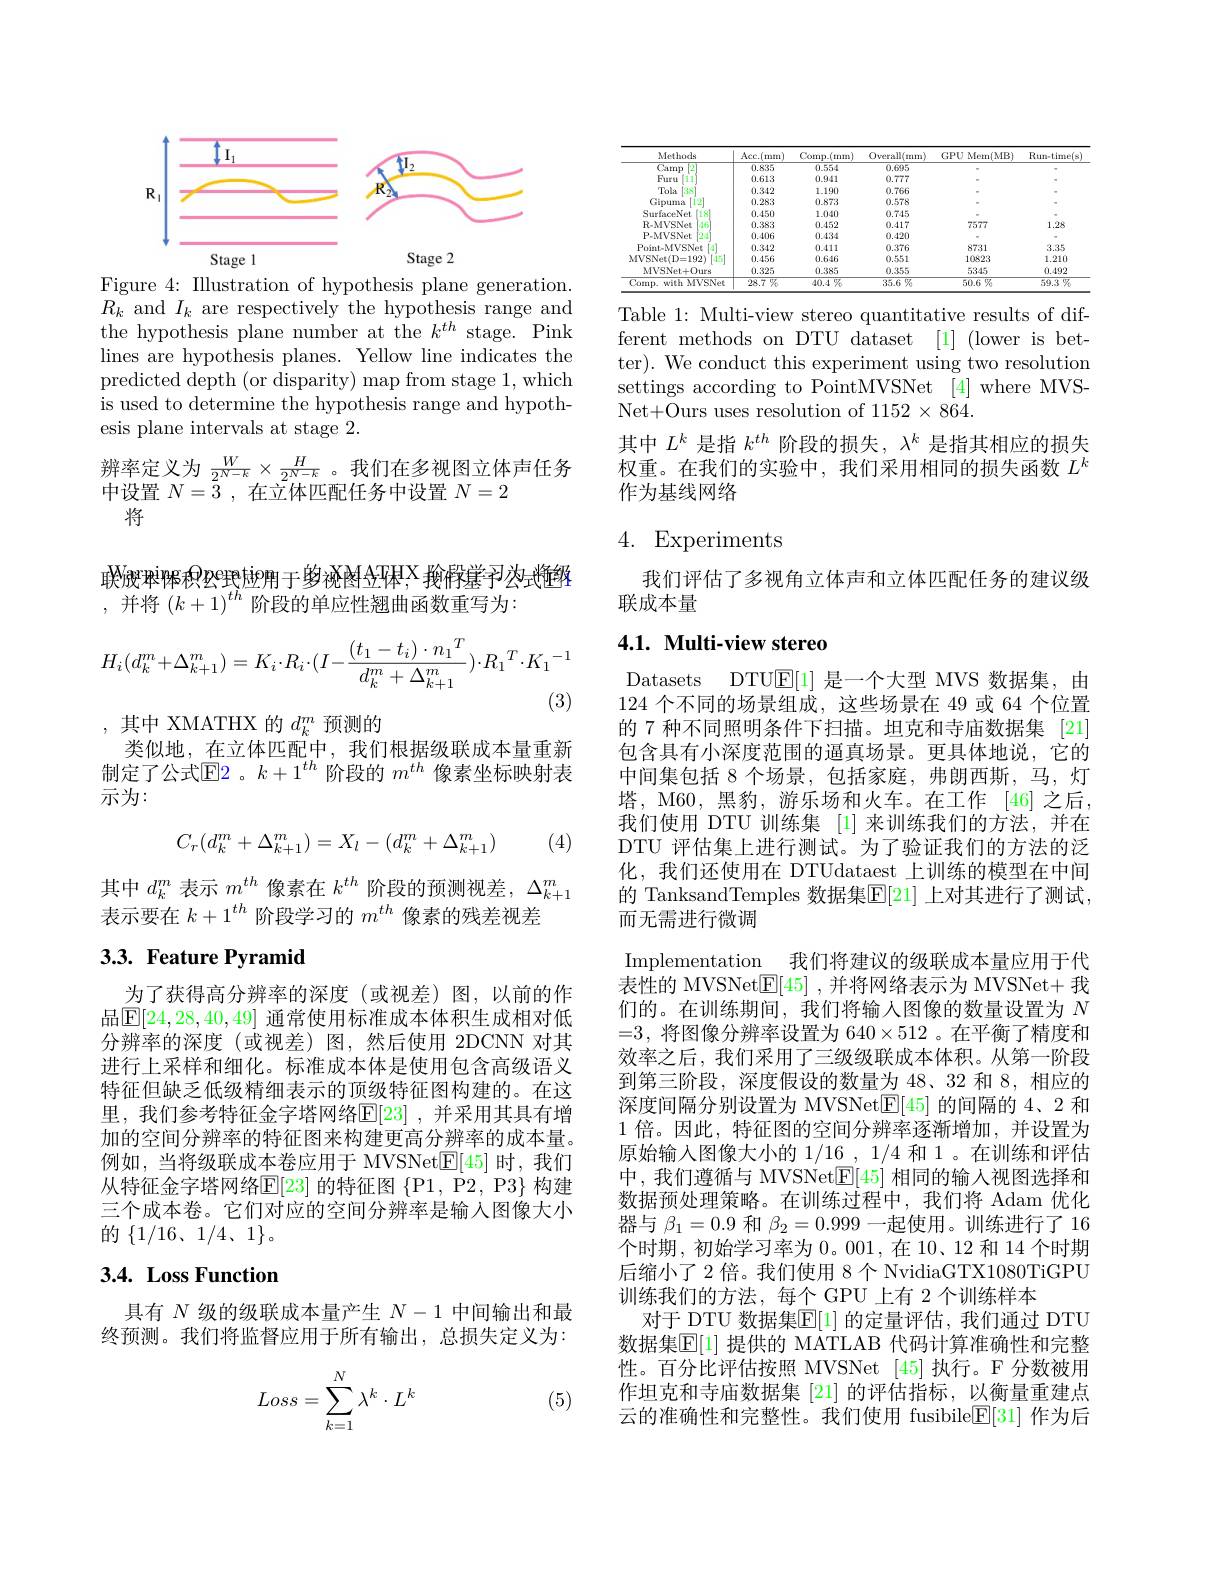
<FigureHere>

Figure 4: Illustration of hypothesis plane generation. $R_k$ and $I_k$ are respectively the hypothesis range and the hypothesis plane number at the $k^{th}$ stage. Pink lines are hypothesis planes. Yellow line indicates the predicted depth (or disparity) map from stage 1, which is used to determine the hypothesis range and hypothesis plane intervals at stage 2.
辨率定义为$\frac{W}{2^{N-k}}\times\frac{H}{2^{N-k}}$。我们在多视图立体声任务
中设置$N=\bar{\bar{3}}$ , 在立体匹配任务中设置$N=2$

将

联设和$^{\mathrm{i}}$保积$^{\textcircled{\mathrm{e}}}$积1999年19月于19月1日本$^{\textcircled{\mathrm{o}}}$
,并将$\left(k+1\right)^{th}$阶段的单应性翘曲函数重写为：
$$H_i(d_k^m+\Delta_{k+1}^m)=K_i\cdot R_i\cdot(I-\frac{(t_1-t_i)\cdot{n_1}^T}{d_k^m+\Delta_{k+1}^m})\cdot R_1^T\cdot K_1^{-1}$$
(3)

,其中 XMATHX 的 $d_k^m$ 预测的
类似地，在立体匹配中，我们根据级联成本量重新制定了公式E2。$k+1^{th}$阶段的$m^{th}$像素坐标映射表示为：

(4)
$$C_r(d_k^m+\Delta_{k+1}^m)=X_l-(d_k^m+\Delta_{k+1}^m)$$
其中$d_k^m$表示$m^th$像素在$k^th$阶段的预测视差，$\Delta_k+1^m$
表示要在$k+1^{th}$阶段学习的$m^{th}$像素的残差视差

## 3.3. Feature Pyramid

为了获得高分辨率的深度(或视差)图，以前的作品$\mathbb{E}[24,28,40,49]$ 通常使用标准成本体积生成相对低分辨率的深度(或视差)图，然后使用 2DCNN 对其进行上采样和细化。标准成本体是使用包含高级语义特征但缺乏低级精细表示的顶级特征图构建的。在这里，我们参考特征金字塔网络$\mathbb{E}[23]$ ,并采用其具有增加的空间分辨率的特征图来构建更高分辨率的成本量。例如，当将级联成本卷应用于 MVSNet[E]时，我们从特征金字塔网络$\mathbb{E}[23]$的特征图$\{$P1, P2, P3$\}$构建三个成本卷。它们对应的空间分辨率是输入图像大小的$\{1/16、1/4、1\}$。

# 3.4. Loss Function

具有$N$级的级联成本量产生$N-1$中间输出和最终预测。我们将监督应用于所有输出，总损失定义为：
$$Loss=\sum_{k=1}^N\lambda^k\cdot L^k$$
(5)

<table>
	<tbody>
		<tr>
			<th>Methods</th>
			<th>$Acc.$ .(mmi</th>
			<th>Cornp.$(\min)$</th>
			<th>Overall(mm)</th>
			<th>GPU Mern(MB)</th>
			<th>$\operatorname{Run-time(s)}$</th>
		</tr>
		<tr>
			<td>$\overline{\text{Camp}}$ $12^{\prime}$</td>
			<td>0.835</td>
			<td>0.554</td>
			<td>0.695</td>
			<td> </td>
			<td> </td>
		</tr>
		<tr>
			<td>Furu 11</td>
			<td>0.613</td>
			<td>0.941</td>
			<td>0.777</td>
			<td> </td>
			<td> </td>
		</tr>
		<tr>
			<td>Tola 138</td>
			<td>0.342</td>
			<td>1.190</td>
			<td>0.766</td>
			<td> </td>
			<td> </td>
		</tr>
		<tr>
			<td>Gipuma $12^{\prime}$</td>
			<td>0.283</td>
			<td>0.873</td>
			<td>0.578</td>
			<td> </td>
			<td> </td>
		</tr>
		<tr>
			<td>SurfaceNet [18]</td>
			<td>0.450</td>
			<td>1.040</td>
			<td>0.745</td>
			<td> </td>
			<td> </td>
		</tr>
		<tr>
			<td>R-MVSNet $146^{\circ}$</td>
			<td>0.383</td>
			<td>0.452</td>
			<td>0.417</td>
			<td>7577</td>
			<td>1.28</td>
		</tr>
		<tr>
			<td>P-MVSNet 124</td>
			<td>0.406</td>
			<td>0.434</td>
			<td>0.420</td>
			<td> </td>
			<td> </td>
		</tr>
		<tr>
			<td>Point- MVSNet</td>
			<td>0.342</td>
			<td>0.411</td>
			<td>0.376</td>
			<td>8731</td>
			<td>3.35</td>
		</tr>
		<tr>
			<td>MVSNet( D= 192 $-1.5^{-1}$</td>
			<td>0.456</td>
			<td>0.646</td>
			<td>0.551</td>
			<td>10823</td>
			<td>1.210</td>
		</tr>
		<tr>
			<td>MVSNet+Ours</td>
			<td>0.325</td>
			<td>0.385</td>
			<td>0.355</td>
			<td>5345</td>
			<td>0.492</td>
		</tr>
		<tr>
			<td>Comp. with MVSNet</td>
			<td>28.7%</td>
			<td>$40.4\%$</td>
			<td>$35.6\%$</td>
			<td>$\overline{50.6\text{ 罗}_6}$</td>
			<td>$\overline{59.3\text{ 农}}$</td>
		</tr>
	</tbody>
</table>

Table 1: Multi-view stereo quantitative results of different methods on DTU dataset [1] (lower is better). We conduct this experiment using two resolution settings according to PointMVSNet [4]where MVSNet+Ours uses resolution of 1152 × 864.
其中$L^k$是指$k^th$阶段的损失，$\lambda^k$是指其相应的损失权重。在我们的实验中，我们采用相同的损失函数$L^k$ 作为基线网络

# 4. Experiments

我们评估了多视角立体声和立体匹配任务的建议级
联成本量

## 4.1. Multi-view stereo

Datasets DTU$\mathbb{E}[1]$是一个大型 MVS 数据集，由124个不同的场景组成，这些场景在 49 或 64 个位置的 7 种不同照明条件下扫描。坦克和寺庙数据集 [21] 包含具有小深度范围的逼真场景。更具体地说，它的中间集包括 8 个场景，包括家庭，弗朗西斯，马，灯塔，M60, 黑豹，游乐场和火车。在工作 [46] 之后， 我们使用 DTU 训练集 [1] 来训练我们的方法，并在DTU 评估集上进行测试。为了验证我们的方法的泛化，我们还使用在 DTUdataest 上训练的模型在中间的 TanksandTemples 数据集$\overline{\mathbb{E}}[21]$ 上对其进行了测试， 而无需进行微调
Implementation 我们将建议的级联成本量应用于代表性的 MVSNet$\boxed{\mathrm{E}}[45]$ ,并将网络表示为 MVSNet+ 我们的。在训练期间，我们将输入图像的数量设置为$N$ =3,将图像分辨率设置为 640$\times512$ 。在平衡了精度和效率之后，我们采用了三级级联成本体积。从第一阶段到第三阶段，深度假设的数量为 48、32 和 8,相应的深度间隔分别设置为 MVSNet$\boxed{\mathrm{E}}[45]$的间隔的 4、2 和1倍。因此，特征图的空间分辨率逐渐增加，并设置为原始输入图像大小的 1/16 , 1/4 和 1 。在训练和评估中，我们遵循与 MVSNet$\mathbb{E}[45]$相同的输人视图选择和数据预处理策略。在训练过程中，我们将 Adam 优化器与$\beta_1=0.9$和$\beta_2=0.999$一起使用。训练进行了 16个时期，初始学习率为 0。001,在 10、12 和 14 个时期后缩小了 2 倍。我们使用 8 个 NvidiaGTX1080TiGPU 训练我们的方法，每个 GPU 上有 2 个训练样本
对于 DTU 数据集$\mathbb{E}[1]$ 的定量评估，我们通过 DTU 数据集$\mathbb{E}[1]$ 提供的 MATLAB 代码计算准确性和完整性。百分比评估按照 MVSNet [45]执行。F 分数被用作坦克和寺庙数据集[21]的评估指标，以衡量重建点云的准确性和完整性。我们使用 fusibile$\mathbb{E}[31]$作为后